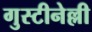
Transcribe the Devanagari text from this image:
गुस्टीनेल्ली